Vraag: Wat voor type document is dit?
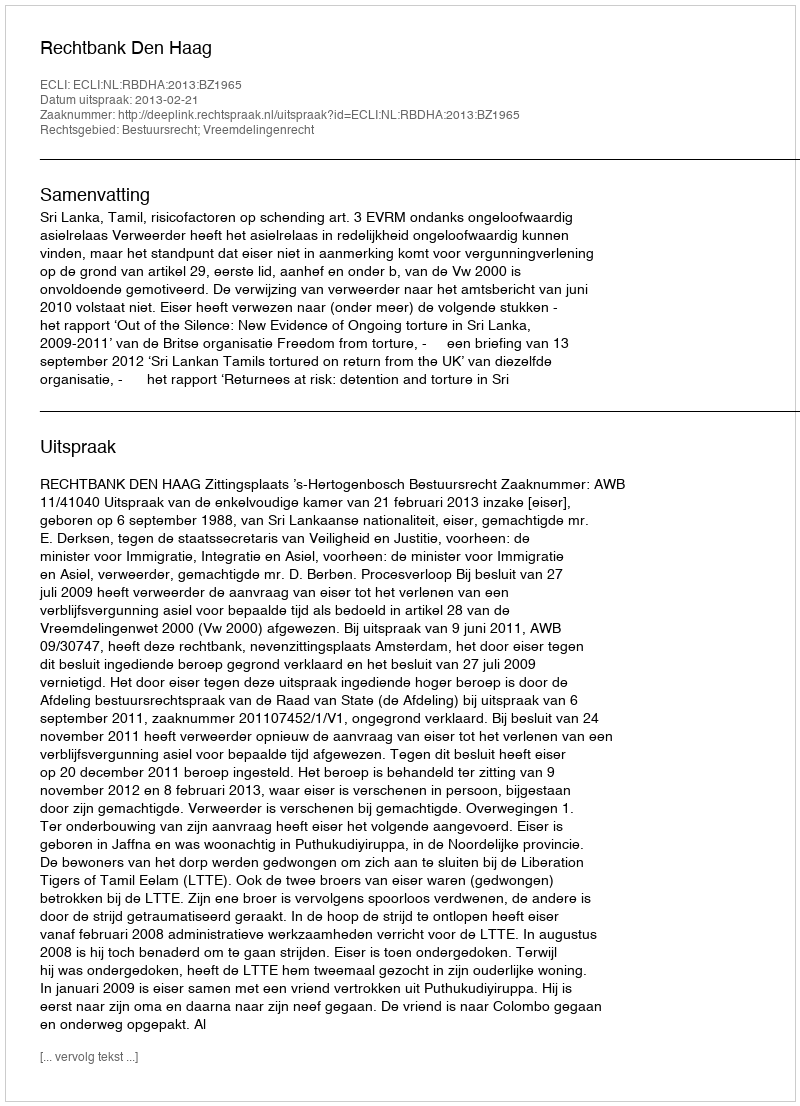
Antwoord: Uitspraak